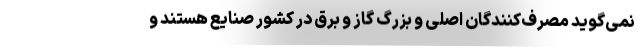
نمی‌گوید مصرف‌کنندگان اصلی و بزرگ گاز و برق در کشور صنایع هستند و